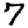
Digit: 7